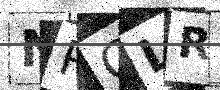
Text: NRCLRC